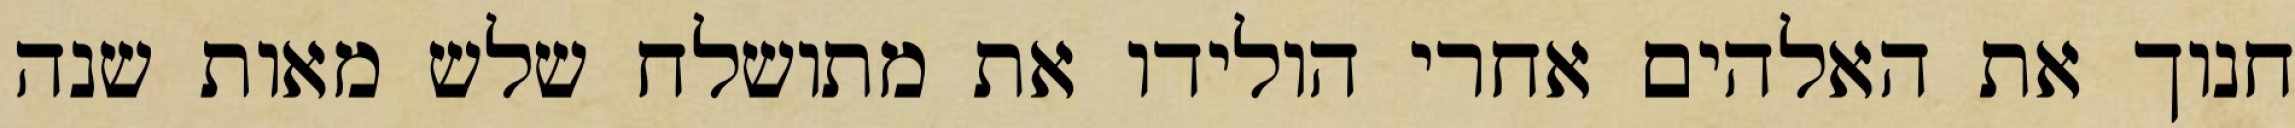
חנוך את האלהים אחרי הולידו את מתושלח שלש מאות שנה